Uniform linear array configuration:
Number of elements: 32
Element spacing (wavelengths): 0.75
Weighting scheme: hann
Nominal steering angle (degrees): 30
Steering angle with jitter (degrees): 31.36
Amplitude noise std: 0.05
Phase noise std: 0.05

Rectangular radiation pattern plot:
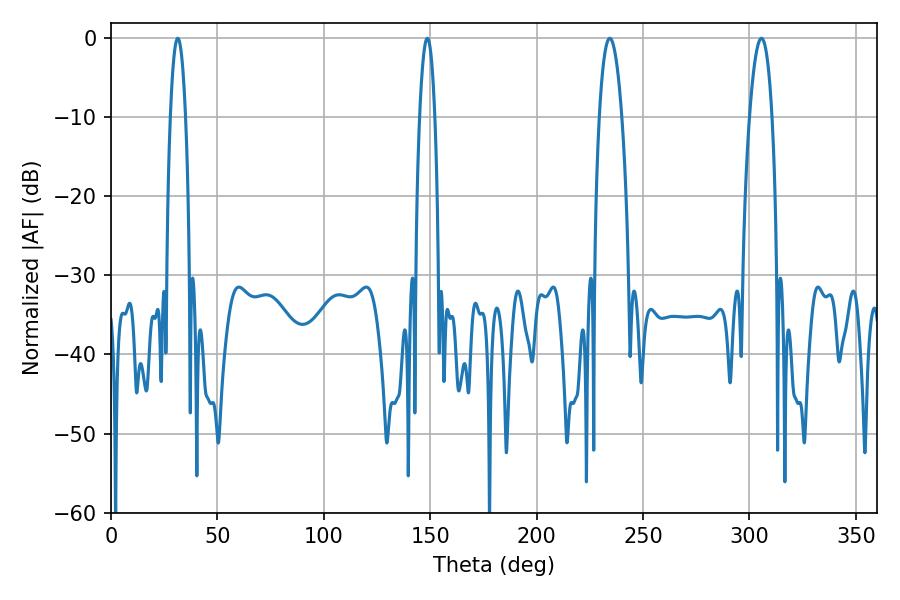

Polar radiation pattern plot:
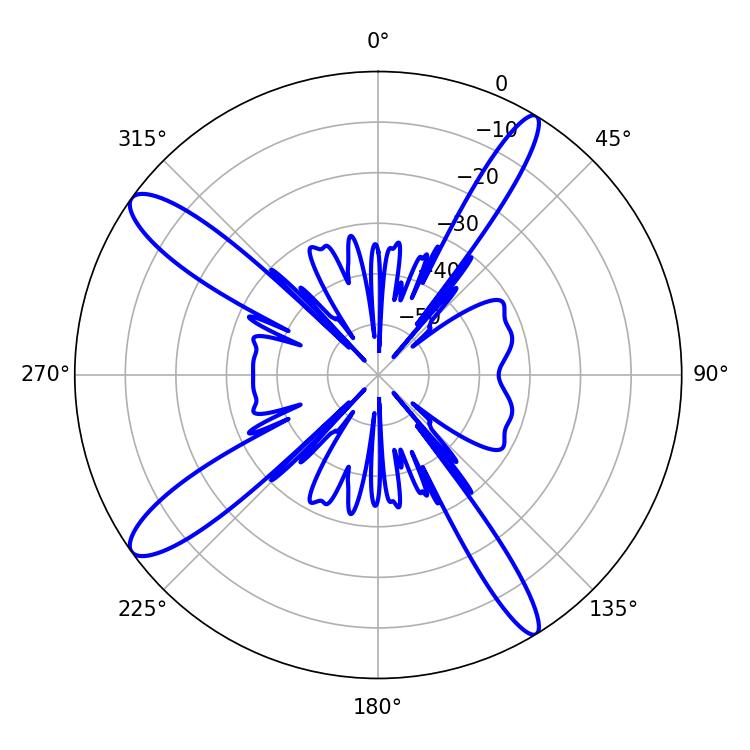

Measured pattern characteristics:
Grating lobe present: TRUE
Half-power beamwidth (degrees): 5.94
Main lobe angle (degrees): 234.36